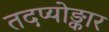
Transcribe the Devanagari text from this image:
तदप्योङ्कार